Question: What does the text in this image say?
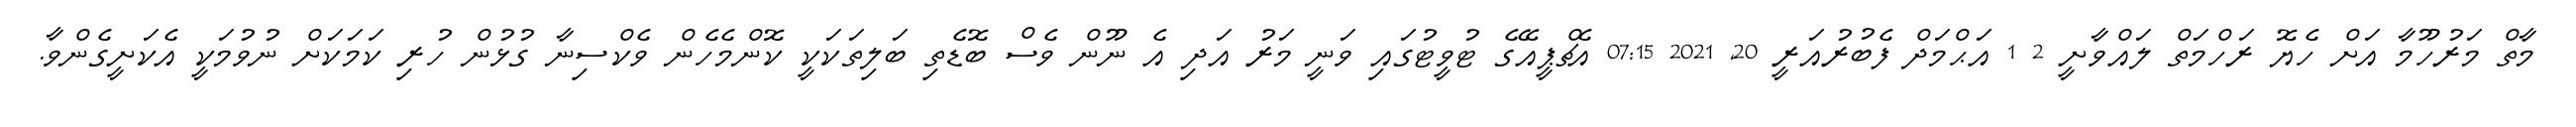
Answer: މާތް މަރުހޫމާ އަށް ހެޔޮ ރަހްމަތް ލައްވާށީ 2 1 އަޙްމަދް ފެބުރުއަރީ 20, 2021 07:15 އެޗްޕީއޭގެ ޓުވީޓުގައި ވަނީ މަރު އަދި އެ ނޫން ވެސް ބޮޑެތި ބަލިތަކަކީ ކޮންމެހެން ވެކްސިނާ ގުޅުން ހުރި ކަމަކަށް ނުވުމަކީ އެކަށީގެންވާ.